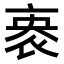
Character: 𬽏